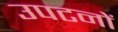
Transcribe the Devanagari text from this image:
उपटनों